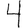
Digit: 4